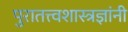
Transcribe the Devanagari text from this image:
पुरातत्त्वशास्त्रज्ञांनी